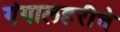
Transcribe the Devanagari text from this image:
गंगालहरीचे